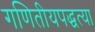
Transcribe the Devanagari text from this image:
गणितीयपद्धत्या